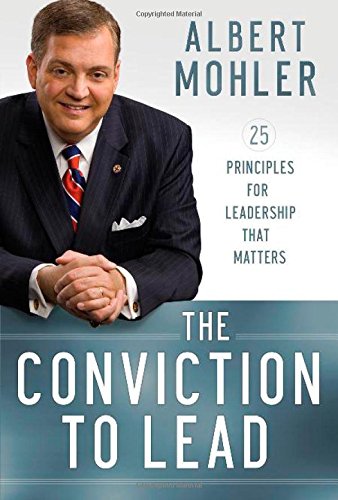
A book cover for The Conviction to Lead: 25 Principles for Leadership That Matters; Albert Mohler; Christian Books & Bibles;